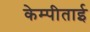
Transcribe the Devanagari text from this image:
केम्पीताई